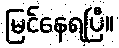
မြင်နေရပြီ။